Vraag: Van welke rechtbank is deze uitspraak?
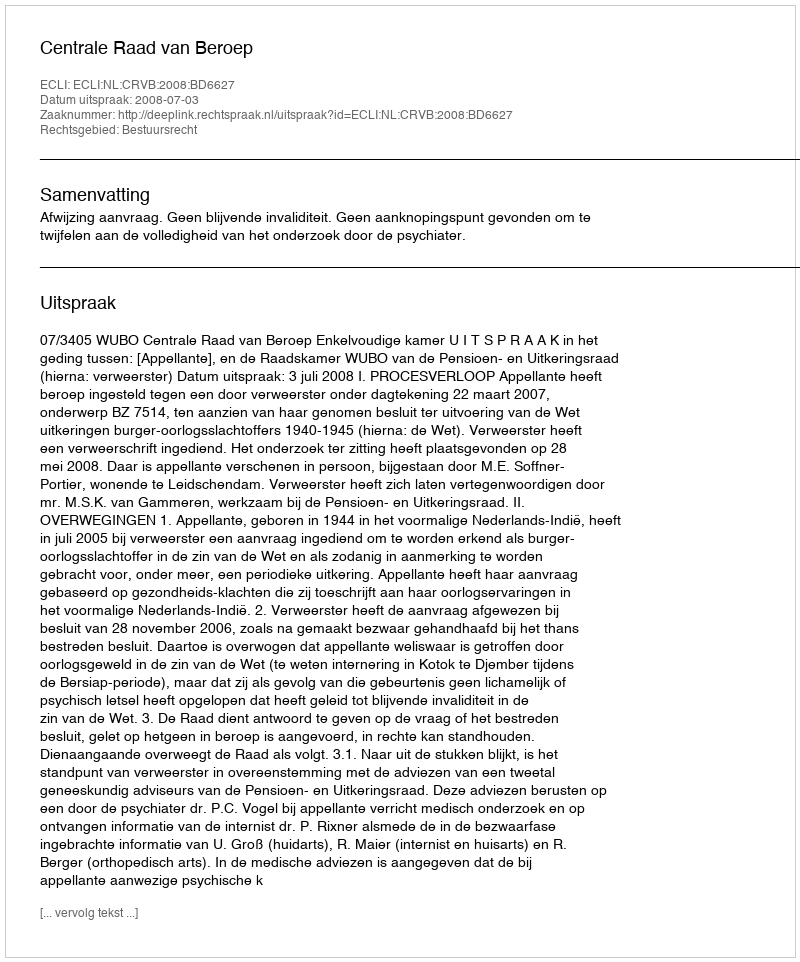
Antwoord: Centrale Raad van Beroep